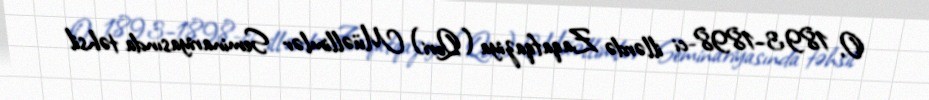
O, 1893–1898-ci illərdə Zaqafqaziya (Qori) Müəllimlər Seminariyasında təhsil